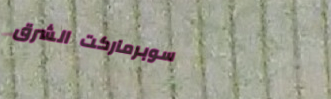
سوبرماركت الشرق